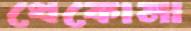
থেকোনা